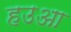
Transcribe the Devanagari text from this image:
हउआ